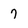
Character: 7